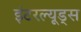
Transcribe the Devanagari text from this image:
इंटरल्यूड्स